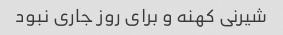
شیرنی کهنه و برای روز جاری نبود